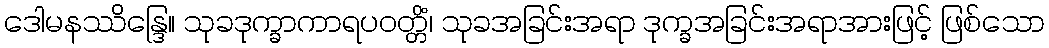
ဒေါမနဿိန္ဒြေ။ သုခဒုက္ခာကာရပဝတ္တိံ၊ သုခအခြင်းအရာ ဒုက္ခအခြင်းအရာအားဖြင့် ဖြစ်သော